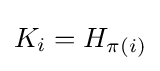
K_{i}=H_{\pi (i)}